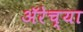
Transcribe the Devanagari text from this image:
ॲरेच्या